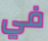
في